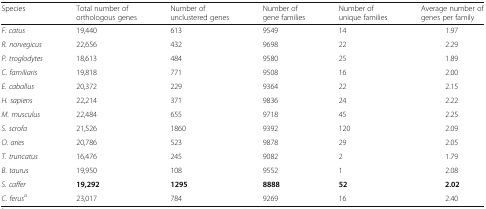
<table><thead><tr><td><b>Species</b></td><td><b>Total number of orthologous genes</b></td><td><b>Number of unclustered genes</b></td><td><b>Number of gene families</b></td><td><b>Number of unique families</b></td><td><b>Average number of genes per family</b></td></tr></thead><tbody><tr><td><i>F. catus</i></td><td>19,440</td><td>613</td><td>9549</td><td>14</td><td>1.97</td></tr><tr><td><i>R. norvegicus</i></td><td>22,656</td><td>432</td><td>9698</td><td>22</td><td>2.29</td></tr><tr><td><i>P. troglodytes</i></td><td>18,613</td><td>484</td><td>9580</td><td>25</td><td>1.89</td></tr><tr><td><i>C. familiaris</i></td><td>19,818</td><td>771</td><td>9508</td><td>16</td><td>2.00</td></tr><tr><td><i>E. caballus</i></td><td>20,372</td><td>229</td><td>9364</td><td>22</td><td>2.15</td></tr><tr><td><i>H. sapiens</i></td><td>22,214</td><td>371</td><td>9836</td><td>24</td><td>2.22</td></tr><tr><td><i>M. musculus</i></td><td>22,484</td><td>655</td><td>9718</td><td>45</td><td>2.25</td></tr><tr><td><i>S. scrofa</i></td><td>21,526</td><td>1860</td><td>9392</td><td>120</td><td>2.09</td></tr><tr><td><i>O. aries</i></td><td>20,786</td><td>523</td><td>9878</td><td>29</td><td>2.05</td></tr><tr><td><i>T. truncatus</i></td><td>16,476</td><td>245</td><td>9082</td><td>2</td><td>1.79</td></tr><tr><td><i>B. taurus</i></td><td>19,950</td><td>108</td><td>9552</td><td>1</td><td>2.08</td></tr><tr><td><i>S. caffer</i></td><td><b>19,292</b></td><td><b>1295</b></td><td><b>8888</b></td><td><b>52</b></td><td><b>2.02</b></td></tr><tr><td><i>C. ferus</i><sup><i>a</i></sup></td><td>23,017</td><td>784</td><td>9269</td><td>16</td><td>2.40</td></tr></tbody></table>